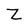
Character: Z